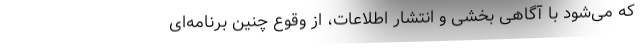
که می‌شود با آگاهی بخشی و انتشار اطلاعات، از وقوع چنین برنامه‌ای